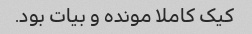
کیک کاملا مونده و بیات بود.